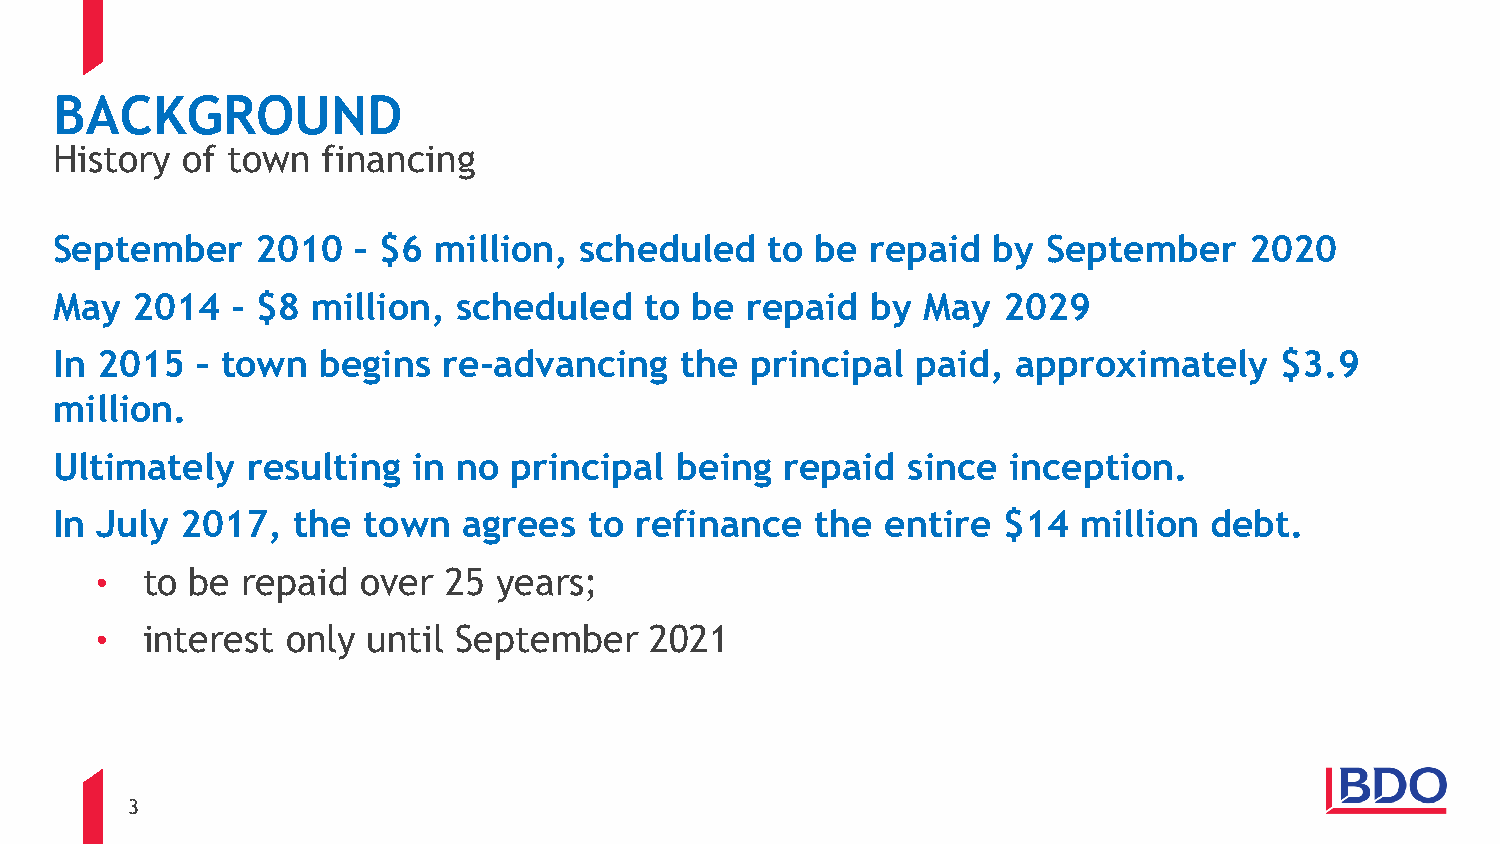
BACKGROUND
 History of town  financing
 September    2010  – $6  million, scheduled    to be  repaid  by September     2020
 May  2014  - $8  million, scheduled    to be repaid   by May  2029
 In 2015  – town  begins  re-advancing    the  principal  paid, approximately     $3.9
 million.
 Ultimately  resulting  in no  principal  being  repaid  since  inception.
 In July 2017,  the  town   agrees  to refinance   the  entire $14  million  debt.
 •  to  be repaid  over 25  years;
 •  interest  only until September    2021
 3